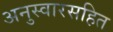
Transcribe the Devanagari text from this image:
अनुस्वारसहित